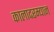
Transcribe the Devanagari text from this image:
कालादरम्यान